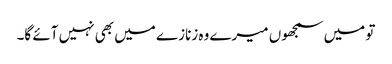
تو میں سمجھوں میرے وہ زنازے میں بھی نہیں آئے گا۔